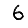
Digit: 6